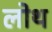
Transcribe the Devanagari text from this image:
लोथ